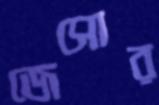
জেসোর